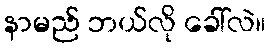
နာမည် ဘယ်လို ခေါ်လဲ။